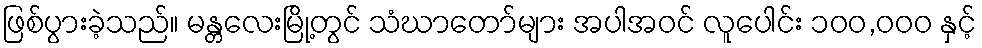
ဖြစ်ပွားခဲ့သည်။ မန္တလေးမြို့တွင် သံဃာတော်များ အပါအဝင် လူပေါင်း ၁၀၀,၀၀၀ နှင့်